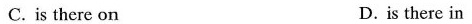
C. is there on D.is there in